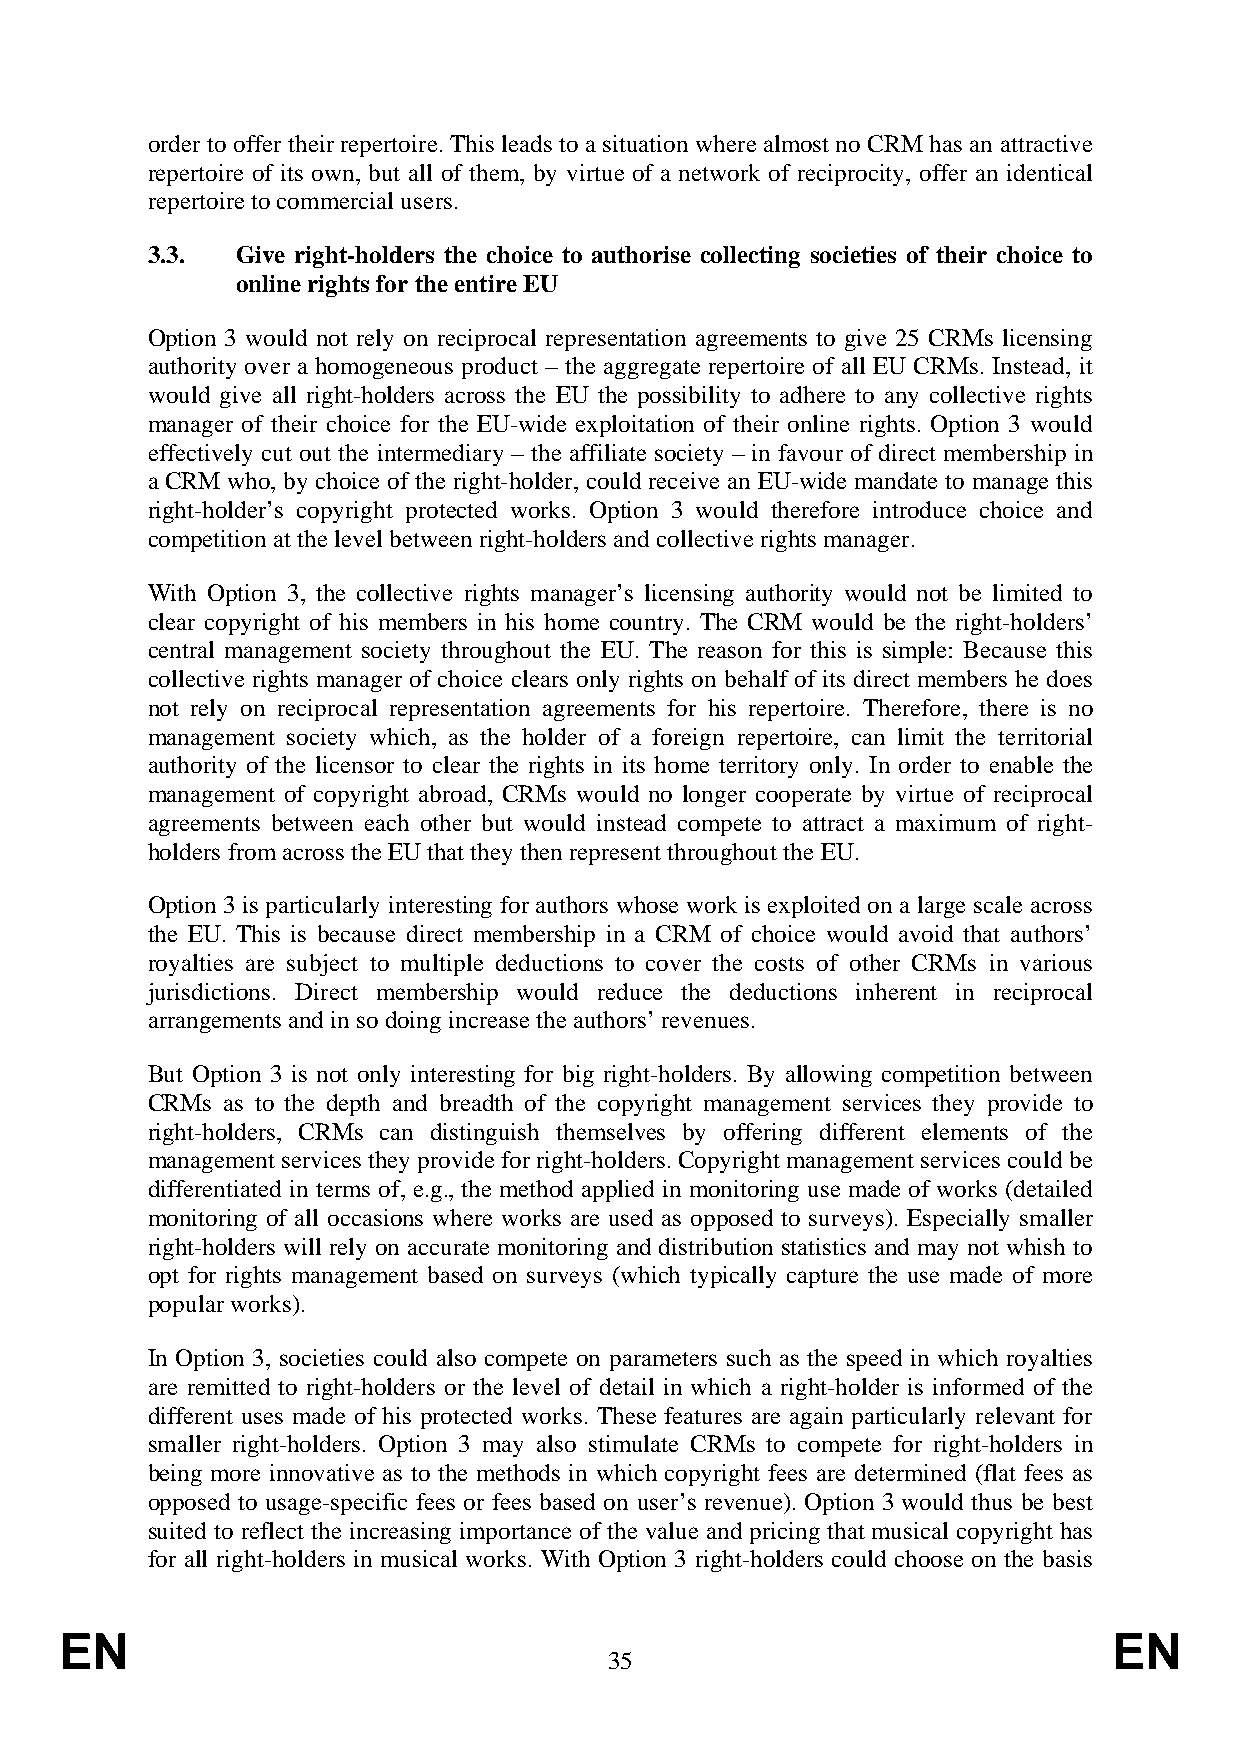
order to offer their repertoire. This leads to a situation where almost no CRM has an attractive
 repertoire of its own, but all of them, by virtue of a network of reciprocity, offer an identical
 repertoire to commercial users.
 3.3.  Give right-holders the choice to authorise collecting societies of their choice to
 online rights for the entire EU
 Option 3 would not rely on reciprocal representation agreements to give 25 CRMs licensing
 authority over a homogeneous product – the aggregate repertoire of all EU CRMs. Instead, it
 would give all right-holders across the EU the possibility to adhere to any collective rights
 manager of their choice for the EU-wide exploitation of their online rights. Option 3 would
 effectively cut out the intermediary – the affiliate society – in favour of direct membership in
 a CRM who, by choice of the right-holder, could receive an EU-wide mandate to manage this
 right-holder’s copyright protected works. Option 3 would therefore introduce choice and
 competition at the level between right-holders and collective rights manager.
 With Option 3, the collective rights manager’s licensing authority would not be limited to
 clear copyright of his members in his home country. The CRM would be the right-holders’
 central management society throughout the EU. The reason for this is simple: Because this
 collective rights manager of choice clears only rights on behalf of its direct members he does
 not rely on reciprocal representation agreements for his repertoire. Therefore, there is no
 management society which, as the holder of a foreign repertoire, can limit the territorial
 authority of the licensor to clear the rights in its home territory only. In order to enable the
 management of copyright abroad, CRMs would no longer cooperate by virtue of reciprocal
 agreements between each other but would instead compete to attract a maximum of right-
 holders from across the EU that they then represent throughout the EU.
 Option 3 is particularly interesting for authors whose work is exploited on a large scale across
 the EU. This is because direct membership in a CRM of choice would avoid that authors’
 royalties are subject to multiple deductions to cover the costs of other CRMs in various
 jurisdictions. Direct membership would reduce the deductions inherent in reciprocal
 arrangements and in so doing increase the authors’ revenues.
 But Option 3 is not only interesting for big right-holders. By allowing competition between
 CRMs as to the depth and breadth of the copyright management services they provide to
 right-holders, CRMs can distinguish themselves by offering different elements of the
 management services they provide for right-holders. Copyright management services could be
 differentiated in terms of, e.g., the method applied in monitoring use made of works (detailed
 monitoring of all occasions where works are used as opposed to surveys). Especially smaller
 right-holders will rely on accurate monitoring and distribution statistics and may not whish to
 opt for rights management based on surveys (which typically capture the use made of more
 popular works).
 In Option 3, societies could also compete on parameters such as the speed in which royalties
 are remitted to right-holders or the level of detail in which a right-holder is informed of the
 different uses made of his protected works. These features are again particularly relevant for
 smaller right-holders. Option 3 may also stimulate CRMs to compete for right-holders in
 being more innovative as to the methods in which copyright fees are determined (flat fees as
 opposed to usage-specific fees or fees based on user’s revenue). Option 3 would thus be best
 suited to reflect the increasing importance of the value and pricing that musical copyright has
 for all right-holders in musical works. With Option 3 right-holders could choose on the basis
 EN                                                                    EN
 35